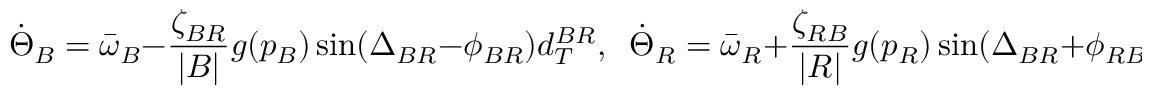
\dot { \Theta } _ { B } = \bar { \omega } _ { B } - \frac { \zeta _ { B R } } { | { \cal B } | } g ( p _ { B } ) \sin ( \Delta _ { B R } - \phi _ { B R } ) d _ { T } ^ { B R } , \; \; \dot { \Theta } _ { R } = \bar { \omega } _ { R } + \frac { \zeta _ { R B } } { | { \cal R } | } g ( p _ { R } ) \sin ( \Delta _ { B R } + \phi _ { R B } ) d _ { T } ^ { R B } ,